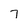
Character: 7